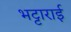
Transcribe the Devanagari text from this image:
भट्टाराई